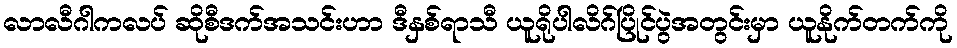
လာလီဂါကလပ် ဆိုစီဒက်အသင်းဟာ ဒီနှစ်ရာသီ ယူရိုပါလိဂ်ပြိုင်ပွဲအတွင်းမှာ ယူနိုက်တက်ကို